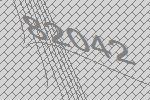
82042